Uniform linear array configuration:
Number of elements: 8
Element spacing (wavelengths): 0.5
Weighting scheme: kaiser
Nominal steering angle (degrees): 15
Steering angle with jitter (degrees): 15.666
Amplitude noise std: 0.05
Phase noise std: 0.05

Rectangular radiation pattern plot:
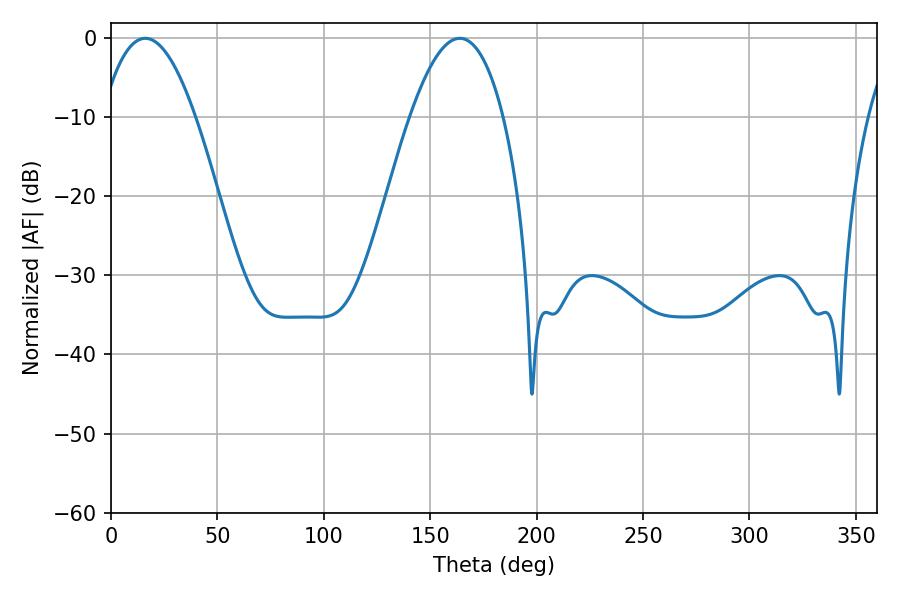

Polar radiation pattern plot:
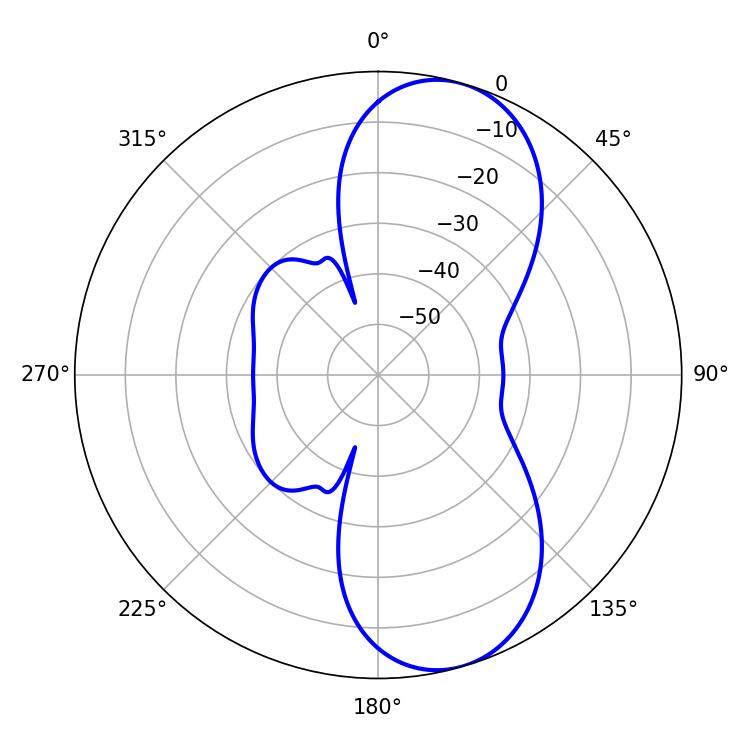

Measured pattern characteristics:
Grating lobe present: FALSE
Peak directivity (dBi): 8.831
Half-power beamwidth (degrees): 24.12
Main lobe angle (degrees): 16.02